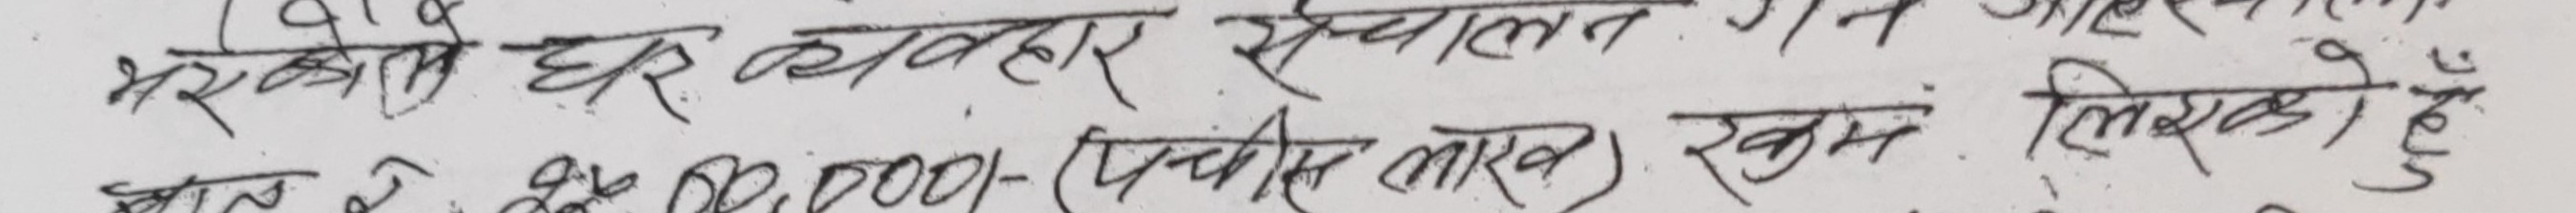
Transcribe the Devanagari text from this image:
भरकतो घर व्यवहार संचालन गर्न आवश्यक
खाता रु. २५,००,०००/- (पच्चीस लाख) रकम लिएको हुँ।